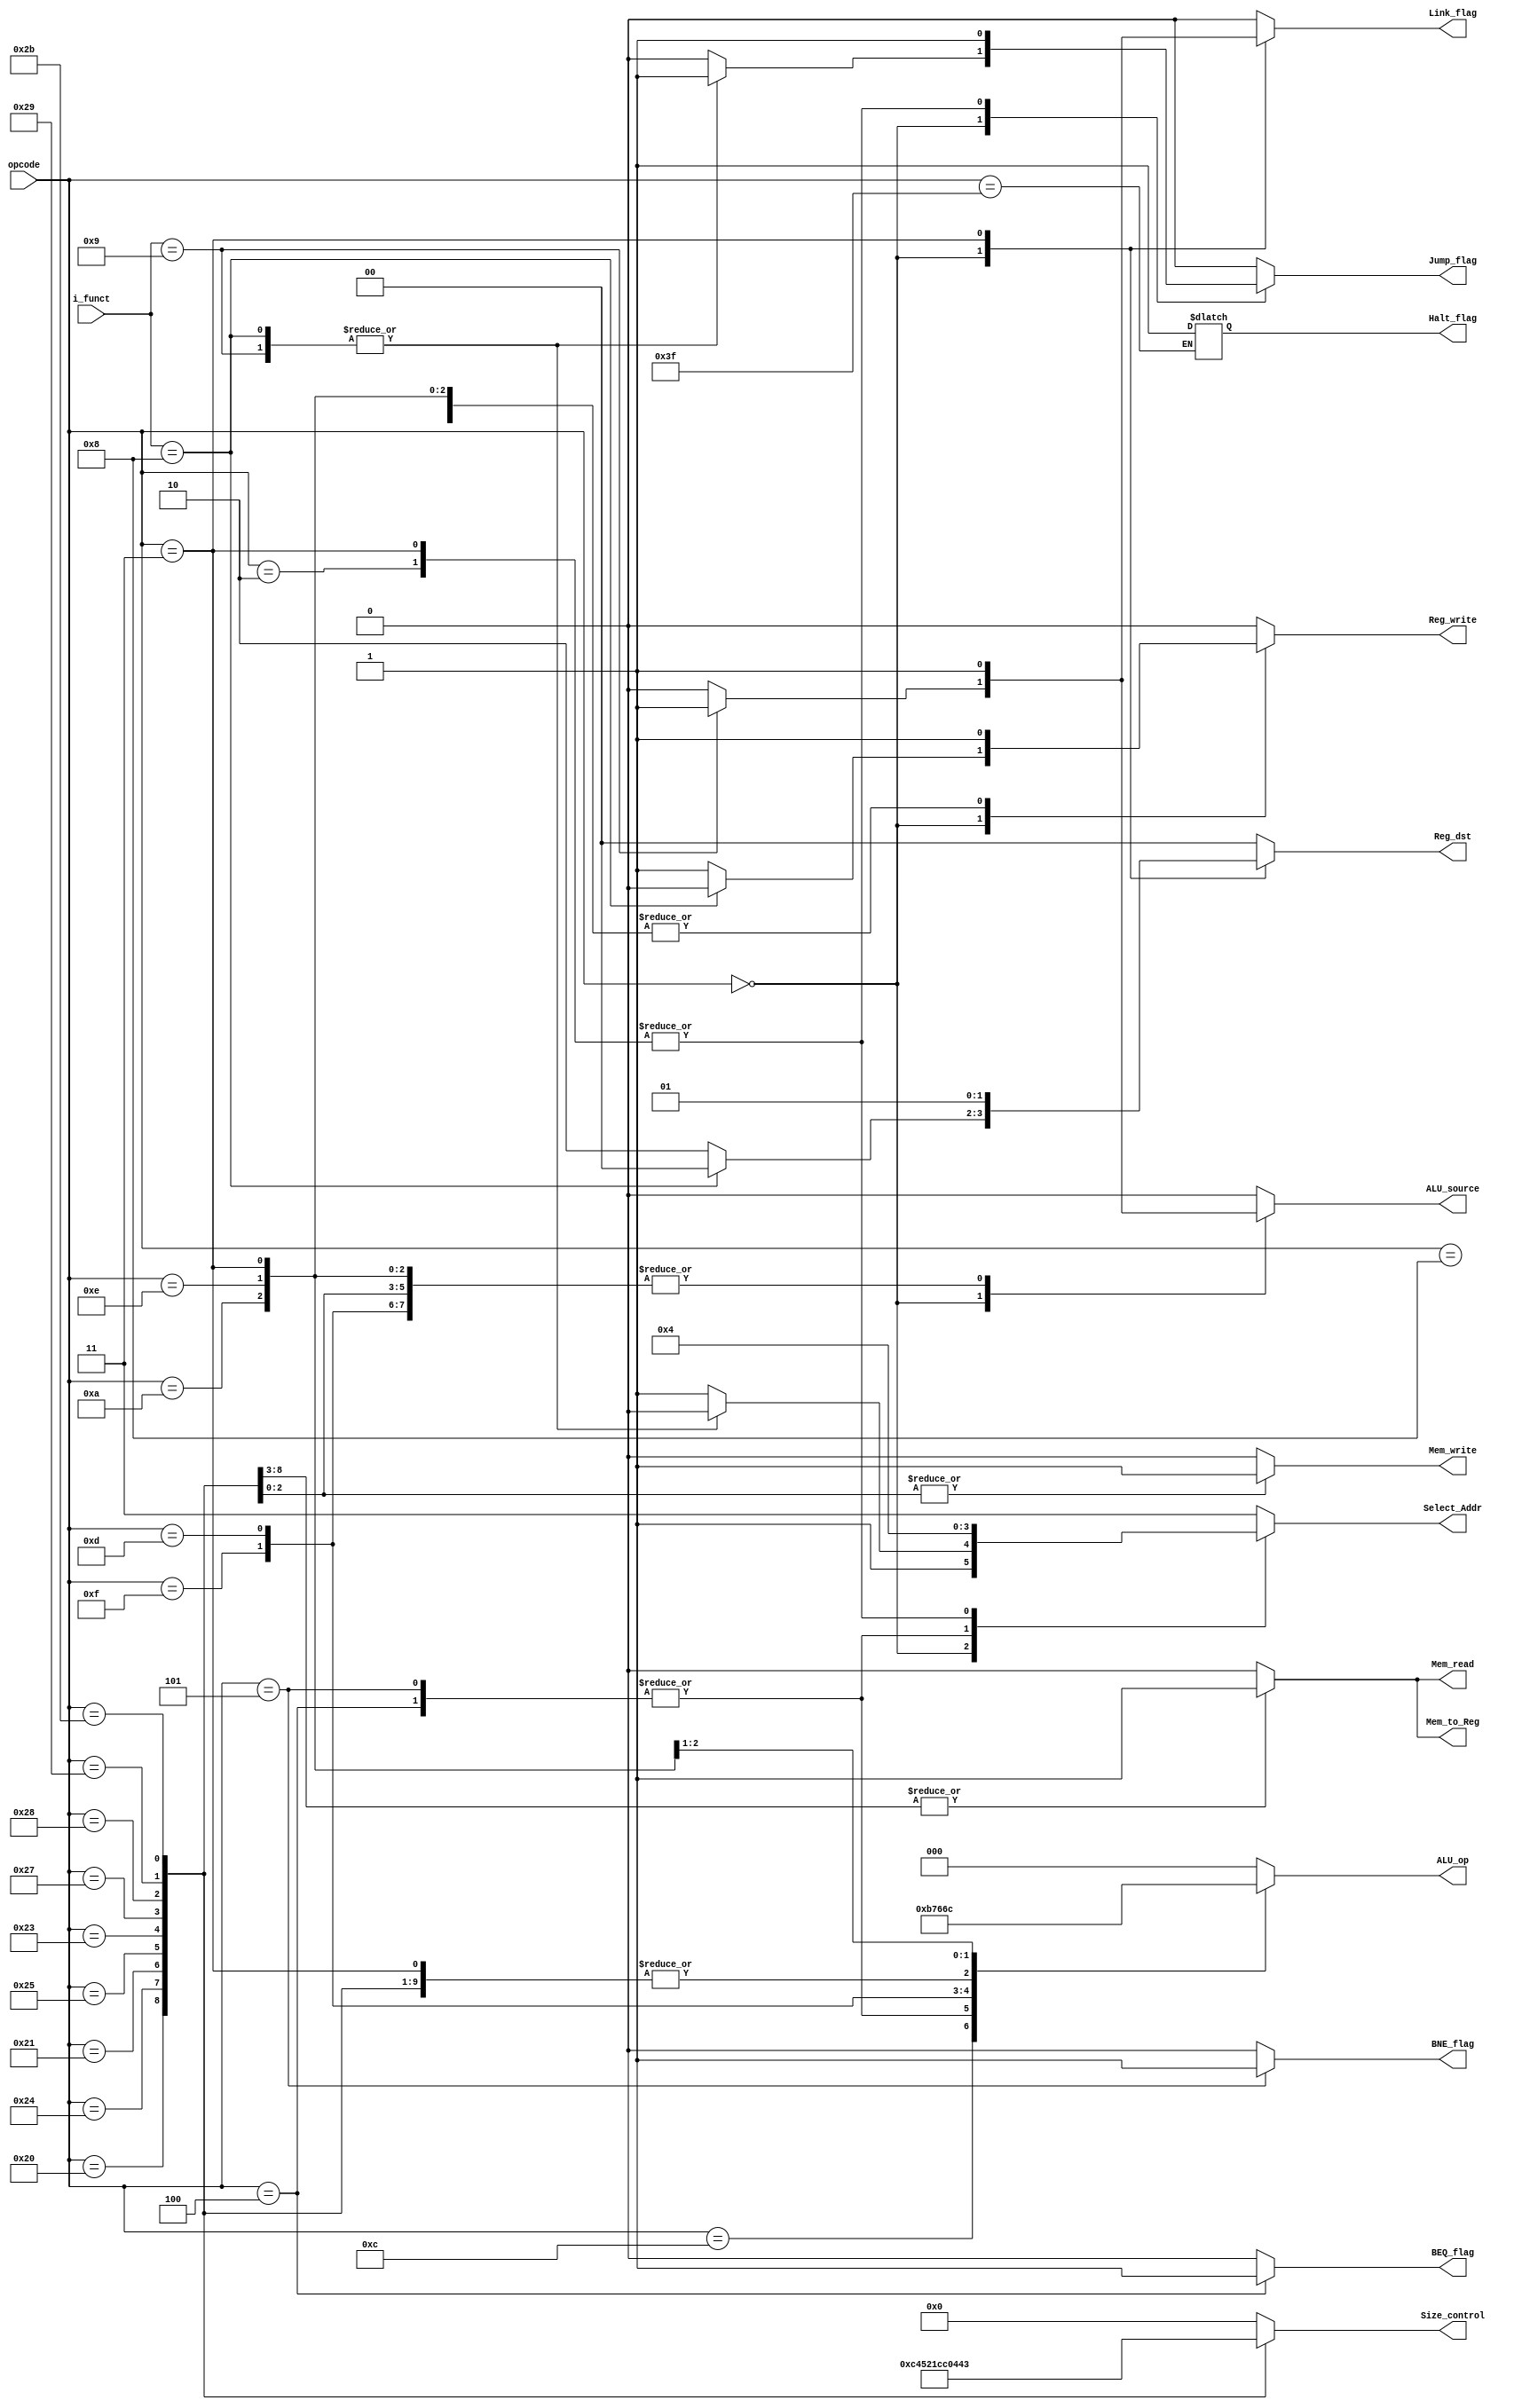
//Definicion de Macros para las instrucciones
`define Rtp     6'b000000
`define Addi    6'b001000
`define Andi    6'b001100
`define Beq     6'b000100
`define Bne     6'b000101
`define J       6'b000010
`define Jal     6'b000011
`define Lb      6'b100000
`define Lbu     6'b100100
`define Lh      6'b100001
`define Lhu     6'b100101
`define Lui     6'b001111
`define Lw      6'b100011
`define Lwu     6'b100111
`define Halt    6'b111111
`define Ori     6'b001101
`define Sb      6'b101000
`define Sh      6'b101001
`define Sw      6'b101011
`define Slti    6'b001010
`define Xori    6'b001110

module controller_pipe  #(
    //Parametros
    parameter                       FBITS   =   6   ,
    parameter                       INSBITS =   6
    )
    (
    //Entradas
    input   wire    [INSBITS-1:0]   opcode          ,
    input   wire    [FBITS-1:0]     i_funct         ,
    //Salidas
    output  reg                     Reg_write       ,
    output  reg                     ALU_source      ,
    output  reg                     Mem_write       ,
    output  reg     [2:0]           ALU_op          ,
    output  reg                     Mem_to_Reg      ,
    output  reg                     Mem_read        ,
    output  reg                     BEQ_flag        ,
    output  reg                     BNE_flag        ,
    output  reg                     Jump_flag       ,
    output  reg                     Halt_flag       ,
    output  reg     [1:0]           Reg_dst         ,
    output  reg     [1:0]           Select_Addr     ,
    output  reg     [4:0]           Size_control    ,
    output  reg                     Link_flag
    );
    
    localparam  [FBITS-1:0]
        JALR    =   6'b001001       ,
        JR      =   6'b001000       ;
    
    always @(*)
	begin  :   control
        Reg_write       =   0       ;
        ALU_source      =   0       ;
        Mem_write       =   0       ;
        ALU_op          =   3'b000  ;
        Mem_to_Reg      =   0       ;
        Mem_read        =   0       ;
        BEQ_flag        =   0       ;
        BNE_flag        =   0       ;
        Jump_flag       =   0       ;
        Reg_dst         =   2'b00   ;
        Select_Addr     =   2'b11   ;
        Size_control    =   5'b00000;
        Link_flag       =   0       ;
        
        case(opcode)
            `Rtp        :
                begin   :   RType
                    case(i_funct)
                        JALR    :   begin
                            Reg_write       =   1       ;
                            ALU_source      =   1       ;
                            Reg_dst         =   2'b10   ;
                            Select_Addr     =   2'b10   ;
                            Jump_flag       =   1       ;
                            Link_flag       =   1       ;
                        end
                        JR      :   begin
                            Jump_flag       =   1       ;
                            Select_Addr     =   2'b10   ;
                        end
                        default :   begin
                            Reg_write       =   1       ;
                            Reg_dst         =   2'b10   ;
                        end
                    endcase
                end
            `Addi       :   begin
                Reg_write       =   1           ;
                ALU_source      =   1           ;
                ALU_op          =   3'b001      ;
            end
            `Andi       :   begin
                Reg_write       =   1           ;
                ALU_source      =   1           ;
                ALU_op          =   3'b010      ;
            end
            `Beq        :   begin
                ALU_op          =   3'b110      ;
                BEQ_flag        =   1           ;
                Select_Addr     =   2'b01       ;
            end
            `Bne        :   begin
                ALU_op          =   3'b110      ;
                BNE_flag        =   1           ;
                Select_Addr     =   2'b01       ;
            end
            `J          :   begin
                Select_Addr     =   2'b00       ;
                Jump_flag       =   1           ;
            end
            `Jal        :   begin
                Reg_write       =   1           ;
                ALU_op          =   3'b001      ;
                ALU_source      =   1           ;
                Jump_flag       =   1           ;
                Reg_dst         =   2'b01       ;
                Select_Addr     =   2'b00       ;
                Link_flag       =   1           ;
            end
            `Lb         :   begin
                Reg_write       =   1           ;
                ALU_source      =   1           ;
                ALU_op          =   3'b001      ;
                Mem_to_Reg      =   1           ;
                Mem_read        =   1           ;
                Size_control    =   5'b01100    ;
            end
            `Lbu        :   begin
                Reg_write       =   1           ;
                ALU_source      =   1           ;
                ALU_op          =   3'b001      ;
                Mem_to_Reg      =   1           ;
                Mem_read        =   1           ;
                Size_control    =   5'b01000    ;
            end
            `Lh         :   begin
                Reg_write       =   1           ;
                ALU_source      =   1           ;
                ALU_op          =   3'b001      ;
                Mem_to_Reg      =   1           ;
                Mem_read        =   1           ;
                Size_control    =   5'b10100    ;
            end
            `Lhu        :   begin
                Reg_write       =   1           ;
                ALU_source      =   1           ;
                ALU_op          =   3'b001      ;
                Mem_to_Reg      =   1           ;
                Mem_read        =   1           ;
                Size_control    =   5'b10000    ;
            end
            `Lw         :   begin
                Reg_write       =   1           ;
                ALU_source      =   1           ;
                ALU_op          =   3'b001      ;
                Mem_to_Reg      =   1           ;
                Mem_read        =   1           ;
                Size_control    =   5'b11100    ;
            end
            `Lwu        :   begin
                Reg_write       =   1           ;
                ALU_source      =   1           ;
                ALU_op          =   3'b001      ;
                Mem_to_Reg      =   1           ;
                Mem_read        =   1           ;
                Size_control    =   5'b11000    ;
            end
            `Lui        :   begin
                Reg_write       =   1           ;
                ALU_source      =   1           ;
                ALU_op          =   3'b111      ;
            end
            `Halt       :   begin
                Halt_flag       =   1           ;
            end
            `Ori        :   begin
                Reg_write       =   1           ;
                ALU_source      =   1           ;
                ALU_op          =   3'b011      ;
            end
            `Sb         :   begin
                ALU_source      =   1           ;
                Mem_write       =   1           ;
                ALU_op          =   3'b001      ;
                Size_control    =   5'b00001    ;
            end
            `Sh         :   begin
                ALU_source      =   1           ;
                Mem_write       =   1           ;
                ALU_op          =   3'b001      ;
                Size_control    =   5'b00010    ;
            end
            `Sw         :   begin
                ALU_source      =   1           ;
                Mem_write       =   1           ;
                ALU_op          =   3'b001      ;
                Size_control    =   5'b00011    ;
            end
            `Slti       :   begin
                Reg_write       =   1           ;
                ALU_source      =   1           ;
                ALU_op          =   3'b101      ;
            end
            `Xori       :   begin
                Reg_write       =   1           ;
                ALU_source      =   1           ;
                ALU_op          =   3'b100      ;
            end
        endcase
    end

endmodule